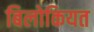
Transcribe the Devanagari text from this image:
बिलोकियत